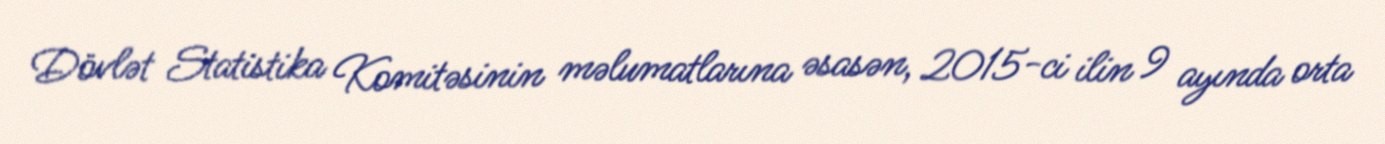
Dövlət Statistika Komitəsinin məlumatlarına əsasən, 2015-ci ilin 9 ayında orta